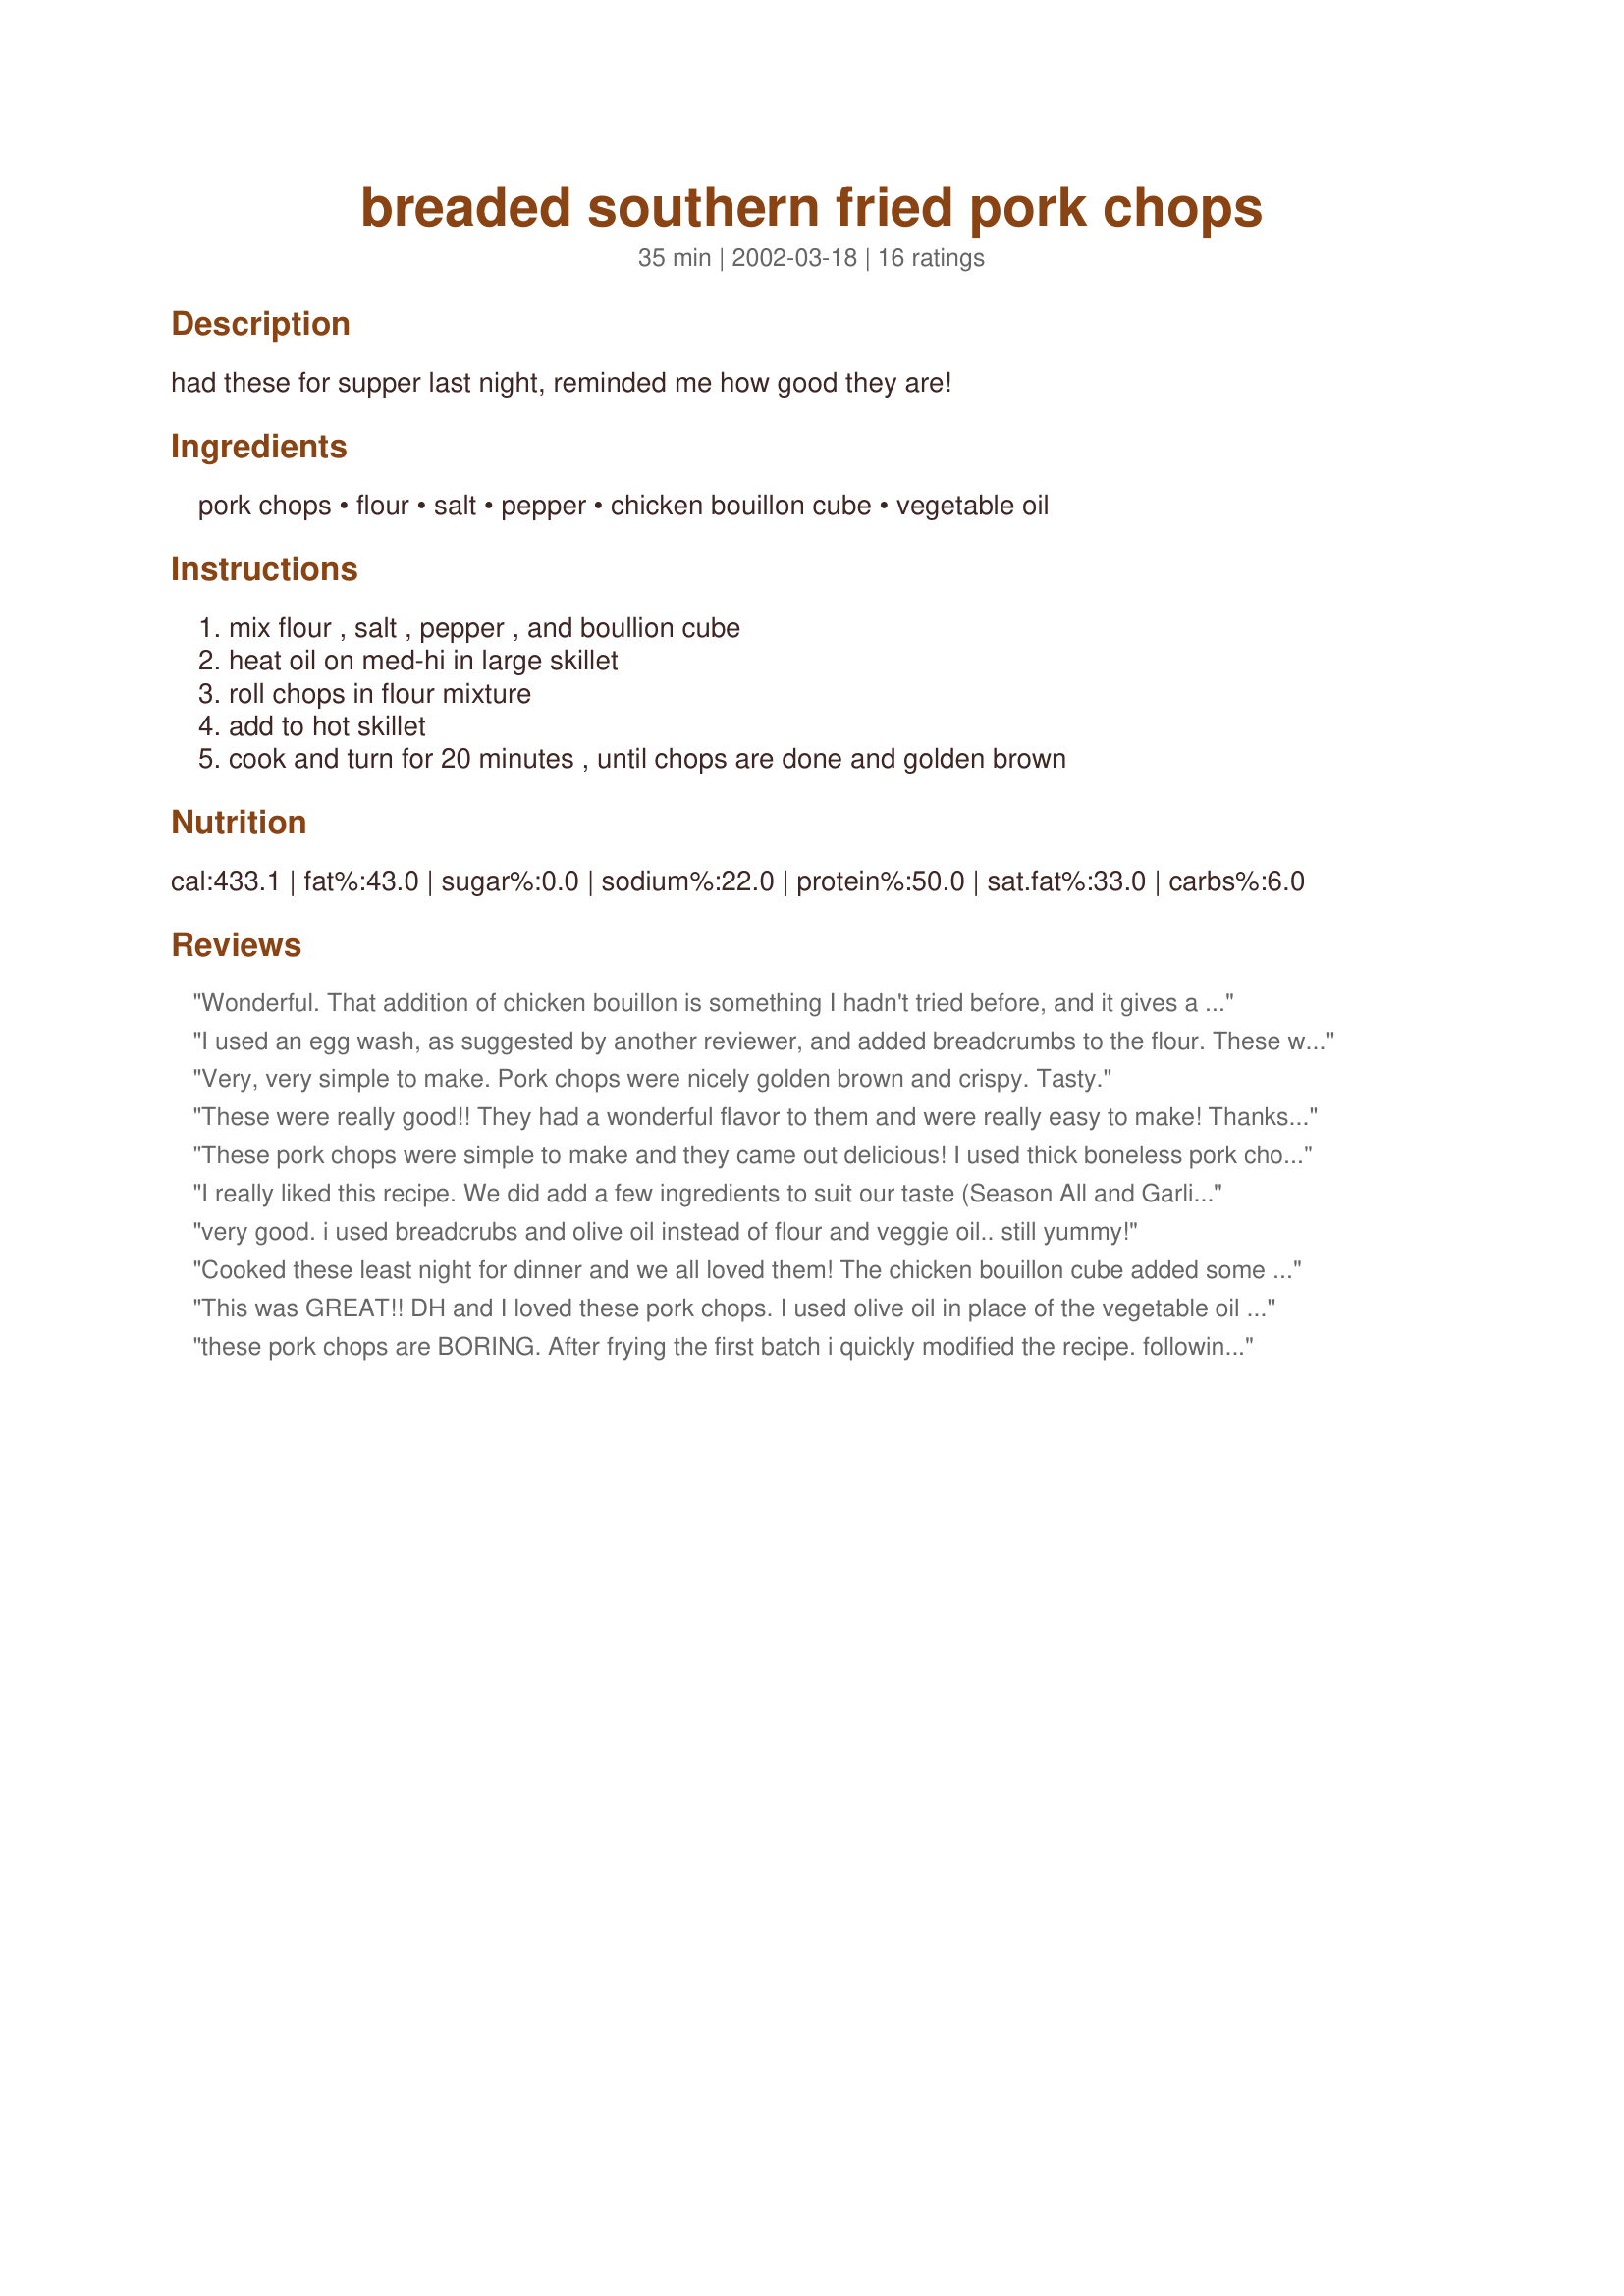
breaded southern fried pork chops
Preparation time: 35 minutes

had these for supper last night, reminded me how good they are!

Ingredients:
pork chops, flour, salt, pepper, chicken bouillon cube, vegetable oil

Steps:
mix flour , salt , pepper , and boullion cube, heat oil on med-hi in large skillet, roll chops in flour mixture, add to hot skillet, cook and turn for 20 minutes , until chops are done and golden brown

Reviews:
Wonderful. That addition of chicken bouillon is something I hadn't tried before, and it gives a nice flavor. I added a little seasoned salt, and probably more bouillon than called for since I had powder rather than a cube. My DH loved these pork chops- this recipe will definitely be a "keeper" in my house!
I used an egg wash, as suggested by another reviewer, and added breadcrumbs to the flour. These were a big hit with DH and the whole family. This is a good recipe to use for thicker chops, as thin ones may dry out. Very tasty. Thanks for posting ;)
Very, very simple to make. Pork chops were nicely golden brown and crispy. Tasty.
These were really good!! They had a wonderful flavor to them and were really easy to make! Thanks for a super recipe!
These pork chops were simple to make and they came out delicious! I used thick boneless pork chops and they still came out moist and tender. My husband loved these. I will make them again soon!
I really liked this recipe. We did add a few ingredients to suit our taste (Season All and Garlic Powder). I also took another reviewers suggestion and added some bread crumbs to the flour. They were delicious....thank you for this recipe!
very good. i used breadcrubs and olive oil instead of flour and veggie oil.. still yummy!
Cooked these least night for dinner and we all loved them! The chicken bouillon cube added some good flavor. I didn't measure my flour, salt or pepper however. I probably added more than suggested. Also used more oil then 1/4 cup. But they fried up beautifully! Will be using the leftovers in a smothered version tonite! THanks so much!
This was GREAT!! DH and I loved these pork chops. I used olive oil in place of the vegetable oil and I also used 2 crushed up chicken bouillon cubes. I fried them on medium heat and I waited to turn the chops after 10 minutes than repeated the frying on other side. After 20 minutes I place the pork chops in a preheated oven at 300' for another 10-15 minutes. They turned out nice and tender :)
I use chicken bouillon cube in alot of recipes and I knew we would enjoy this recipe. Thanks so much for sharing your recipe! :)
these pork chops are BORING. After frying the first batch i quickly modified the recipe. following the recipe, i then dipped the chops in an egg wash, then bread crumbs with salt and pepper. much better results!
This was yummy; good and simple comfort food. I used thin pork chops and they dried out a bit, but were still very tasty. My kids definitely approved; we'll have these again.
These were pretty good. I had a hard time keeping the breaded part on them though. When we ate them, it kinda fell off. They could have used a little more flavor and been a little jucier, but we ate them and my hubby liked them. Not 5 stars for me, but they were pretty good.
I used thick chops to make these and they came out tender and juicy and did I mention delicious? A tip about tender pork chops. Cook on one side until it is browned nicely and then turn to the other side and do the same. Do not keep flipping your chops or they will be tough as shoe leather. Make sure the heat isn't too high or they will start burning before you get them cooked through. Thank you.
i made these and my family loved them. i do think i'll add some extra bouillon next time for a little more flavor. thanks for the recipe
Wonderful recipe. Truely did taste like a good ole fried pork chop your granny would make ya. I did soak my chops in 2 cups of milk and 1 teaspoon of salt for 4 hours while turning half way. Thank you so much for posting.
I made these for dinner last night. I couldn't believe how tasty they were with only a few ingredients. I plan on using the same recipe but trying it on chicken, as well. Thanks for sharing such a tasty recipe with the zaar members.
